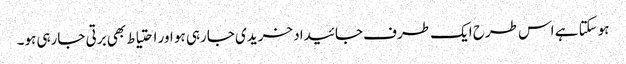
ہوسکتا ہے اس طرح ایک طرف جائیداد خریدی جارہی ہو اور احتیاط بھی برتی جارہی ہو۔